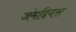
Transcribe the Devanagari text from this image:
जंमदिवस